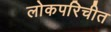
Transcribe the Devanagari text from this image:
लोकपरिचीत